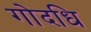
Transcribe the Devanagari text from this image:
गोदधि